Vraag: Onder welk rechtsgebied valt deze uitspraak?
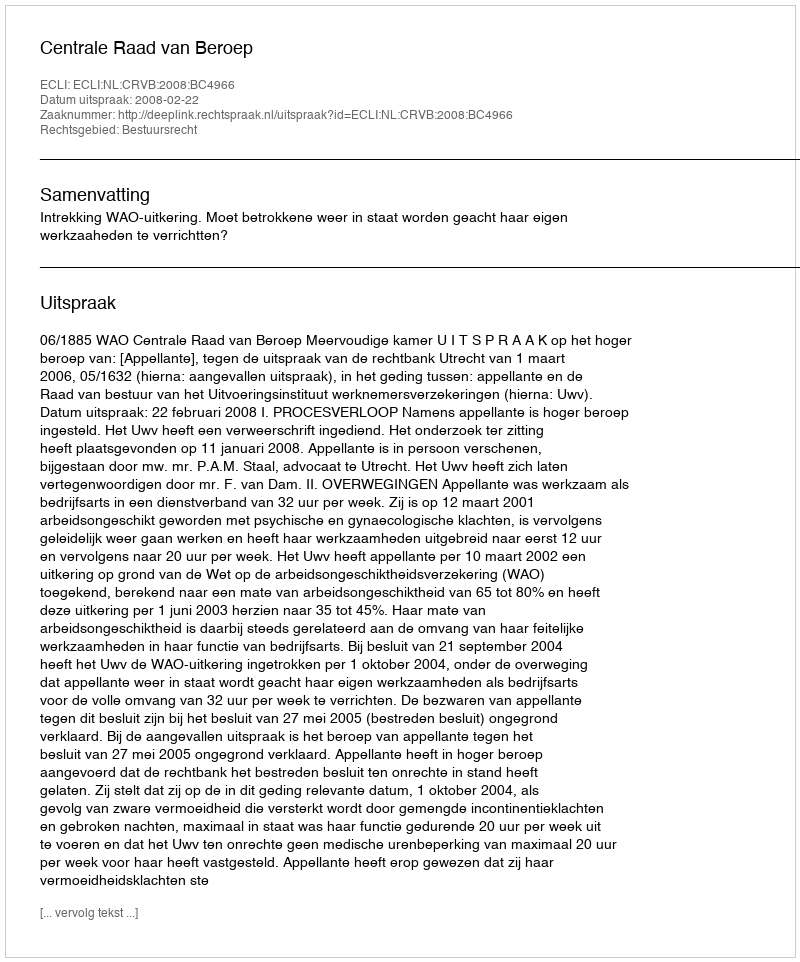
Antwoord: Bestuursrecht